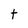
Character: t